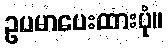
ဥပမာပေးထားပုံ။